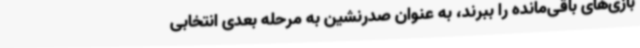
بازی‌های باقی‌مانده را ببرند، به‌ عنوان صدرنشین به مرحله بعدی انتخابی